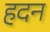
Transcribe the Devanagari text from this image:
हदन